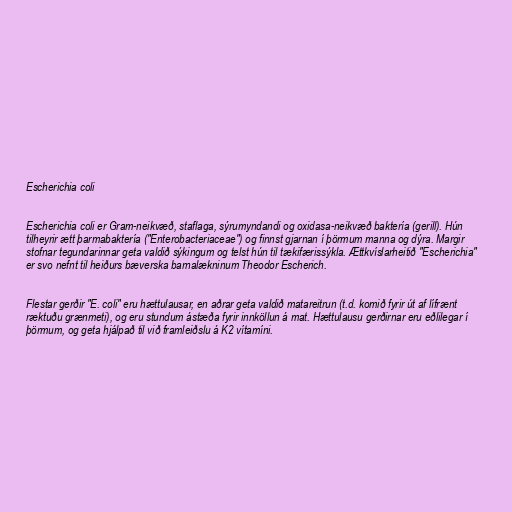
Escherichia coli

Escherichia coli er Gram-neikvæð, staflaga, sýrumyndandi og oxidasa-neikvæð baktería (gerill). Hún
tilheyrir ætt þarmabaktería ("Enterobacteriaceae") og finnst gjarnan í þörmum manna og dýra. Margir
stofnar tegundarinnar geta valdið sýkingum og telst hún til tækifærissýkla. Ættkvíslarheitið "Escherichia"
er svo nefnt til heiðurs bæverska barnalækninum Theodor Escherich.

Flestar gerðir "E. coli" eru hættulausar, en aðrar geta valdið matareitrun (t.d. komið fyrir út af lífrænt
ræktuðu grænmeti), og eru stundum ástæða fyrir innköllun á mat. Hættulausu gerðirnar eru eðlilegar í
þörmum, og geta hjálpað til við framleiðslu á K2 vítamíni.